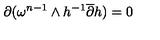
{ \partial } ( \omega ^ { n - 1 } \wedge h ^ { - 1 } \overline { { \partial } } h ) = 0